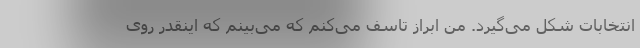
انتخابات شکل می‌گیرد. من ابراز تاسف می‌کنم که می‌بینم که اینقدر روی